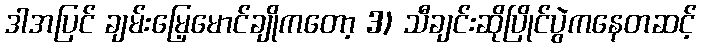
ဒါအပြင် ချမ်းမြေ့မောင်ချိုကတော့ 3) သီချင်းဆိုပြိုင်ပွဲကနေတဆင့်